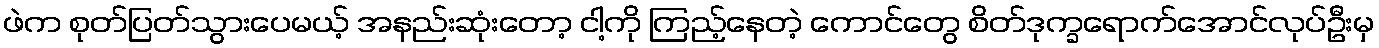
ဖဲက စုတ်ပြတ်သွားပေမယ့် အနည်းဆုံးတော့ ငါ့ကို ကြည့်နေတဲ့ ကောင်တွေ စိတ်ဒုက္ခရောက်အောင်လုပ်ဦးမှ